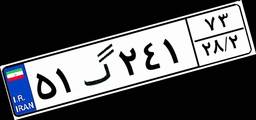
۰۹گ۹۲۵۱۸